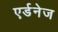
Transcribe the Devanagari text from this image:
एर्डनेज